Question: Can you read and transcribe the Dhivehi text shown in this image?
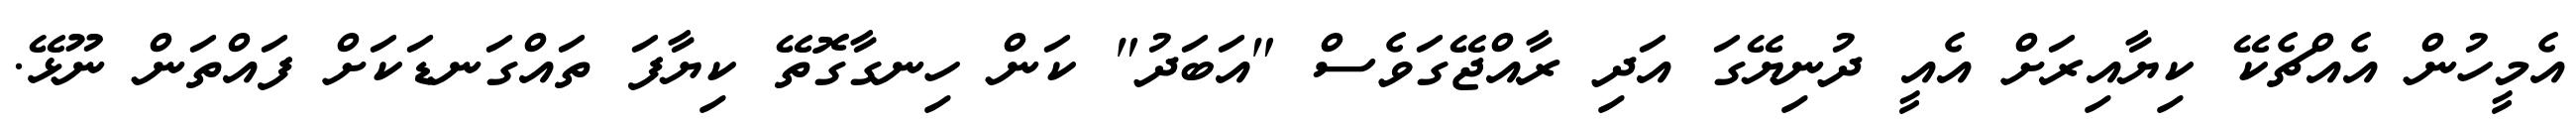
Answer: އެމީހުން އެއްޗެކޭ ކިޔާއިރަށް އެއީ ދުނިޔޭގަ އަދި ރާއްޖޭގަވެސް "އަބަދު" ކަން ހިނގާގޮތޭ ކިޔާފަ ތައްގަނޑަކަށް ފައްތަން ނޫޅޭ.